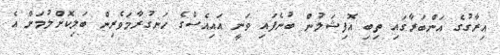
އިރާގުގެ އަންބަރާގައި ތިބި އޮފިޝަލުން ބުނެފައި ވަނީ އައިއެސްގެ ހަނގުރާމަވެރިން ބަލިކޮށްލުމަށް އެ